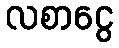
လစာငွေ